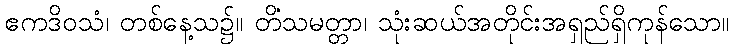
ဧကဒိဝသံ၊ တစ်နေ့သ၌။ တိံသမတ္တာ၊ သုံးဆယ်အတိုင်းအရှည်ရှိကုန်သော။